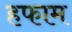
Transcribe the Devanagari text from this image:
हफाम